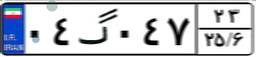
۰۴گ۰۴۷۲۳